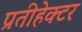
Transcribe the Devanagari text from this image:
प्रतीहेक्टर